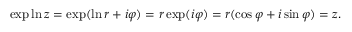
\exp \ln z = \exp ( \ln r + i \varphi ) = r \exp ( i \varphi ) = r ( \cos \varphi + i \sin \varphi ) = z .